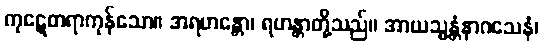
ကုဋေတရာကုန်သော။ အရဟန္တော၊ ရဟန္တာတို့သည်။ အာယသ္မန္တံနာဂသေနံ၊